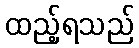
ထည့်ရသည်